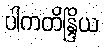
ပါကတိန္ဒြိယ